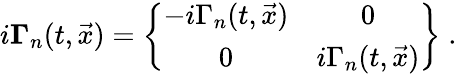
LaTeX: i{\mathbf\Gamma}_{n}(t,\vec{x})=\left\{ \begin{array}{cc}{{-i\Gamma_{n}(t,\vec{x})}}&{{0}}\\ {{0}}&{{i\Gamma_{n}(t,\vec{x})}}\end{array}\right\} \; .